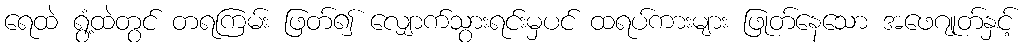
ရေထဲ ရွံ့ထဲတွင် တရကြမ်း ဖြတ်၍ လျှောက်သွားရင်းမှပင် ထရပ်ကားများ ဖြုတ်နေသော အဖေဂျုတ်နှင့်